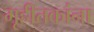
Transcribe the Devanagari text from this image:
गृहीतकांना